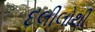
દલીલોથી